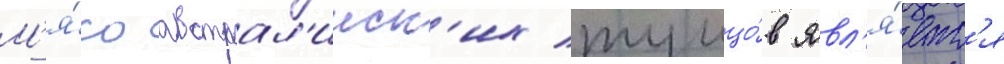
М'я́со австрал'ииск'их тунцо́в явл'я́етс'я